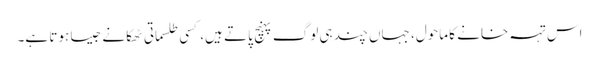
اس تہہ خانے کا ماحول، جہاں چند ہی لوگ پہنچ پاتے ہیں، کسی طلسماتی ٹھکانے جیسا ہوتا ہے۔